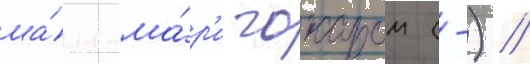
жа́н-ма́р'и гожаром (-) //